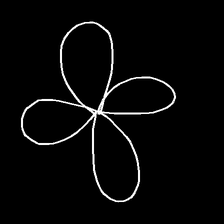
Glyph: billowing